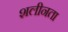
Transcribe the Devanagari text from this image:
शलीनता